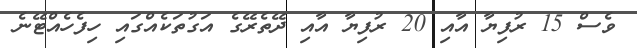
ވެސް 15 ރުފިޔާ އާއި 20 ރުފިޔާ އާއި ދޭތެރޭގެ އަގުތަކެއްގައި ހިފެހެއްޓޭނެ